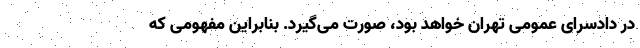
در دادسرای عمومی تهران خواهد بود، صورت می‌گیرد. بنابراین مفهومی که